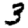
Digit: 3